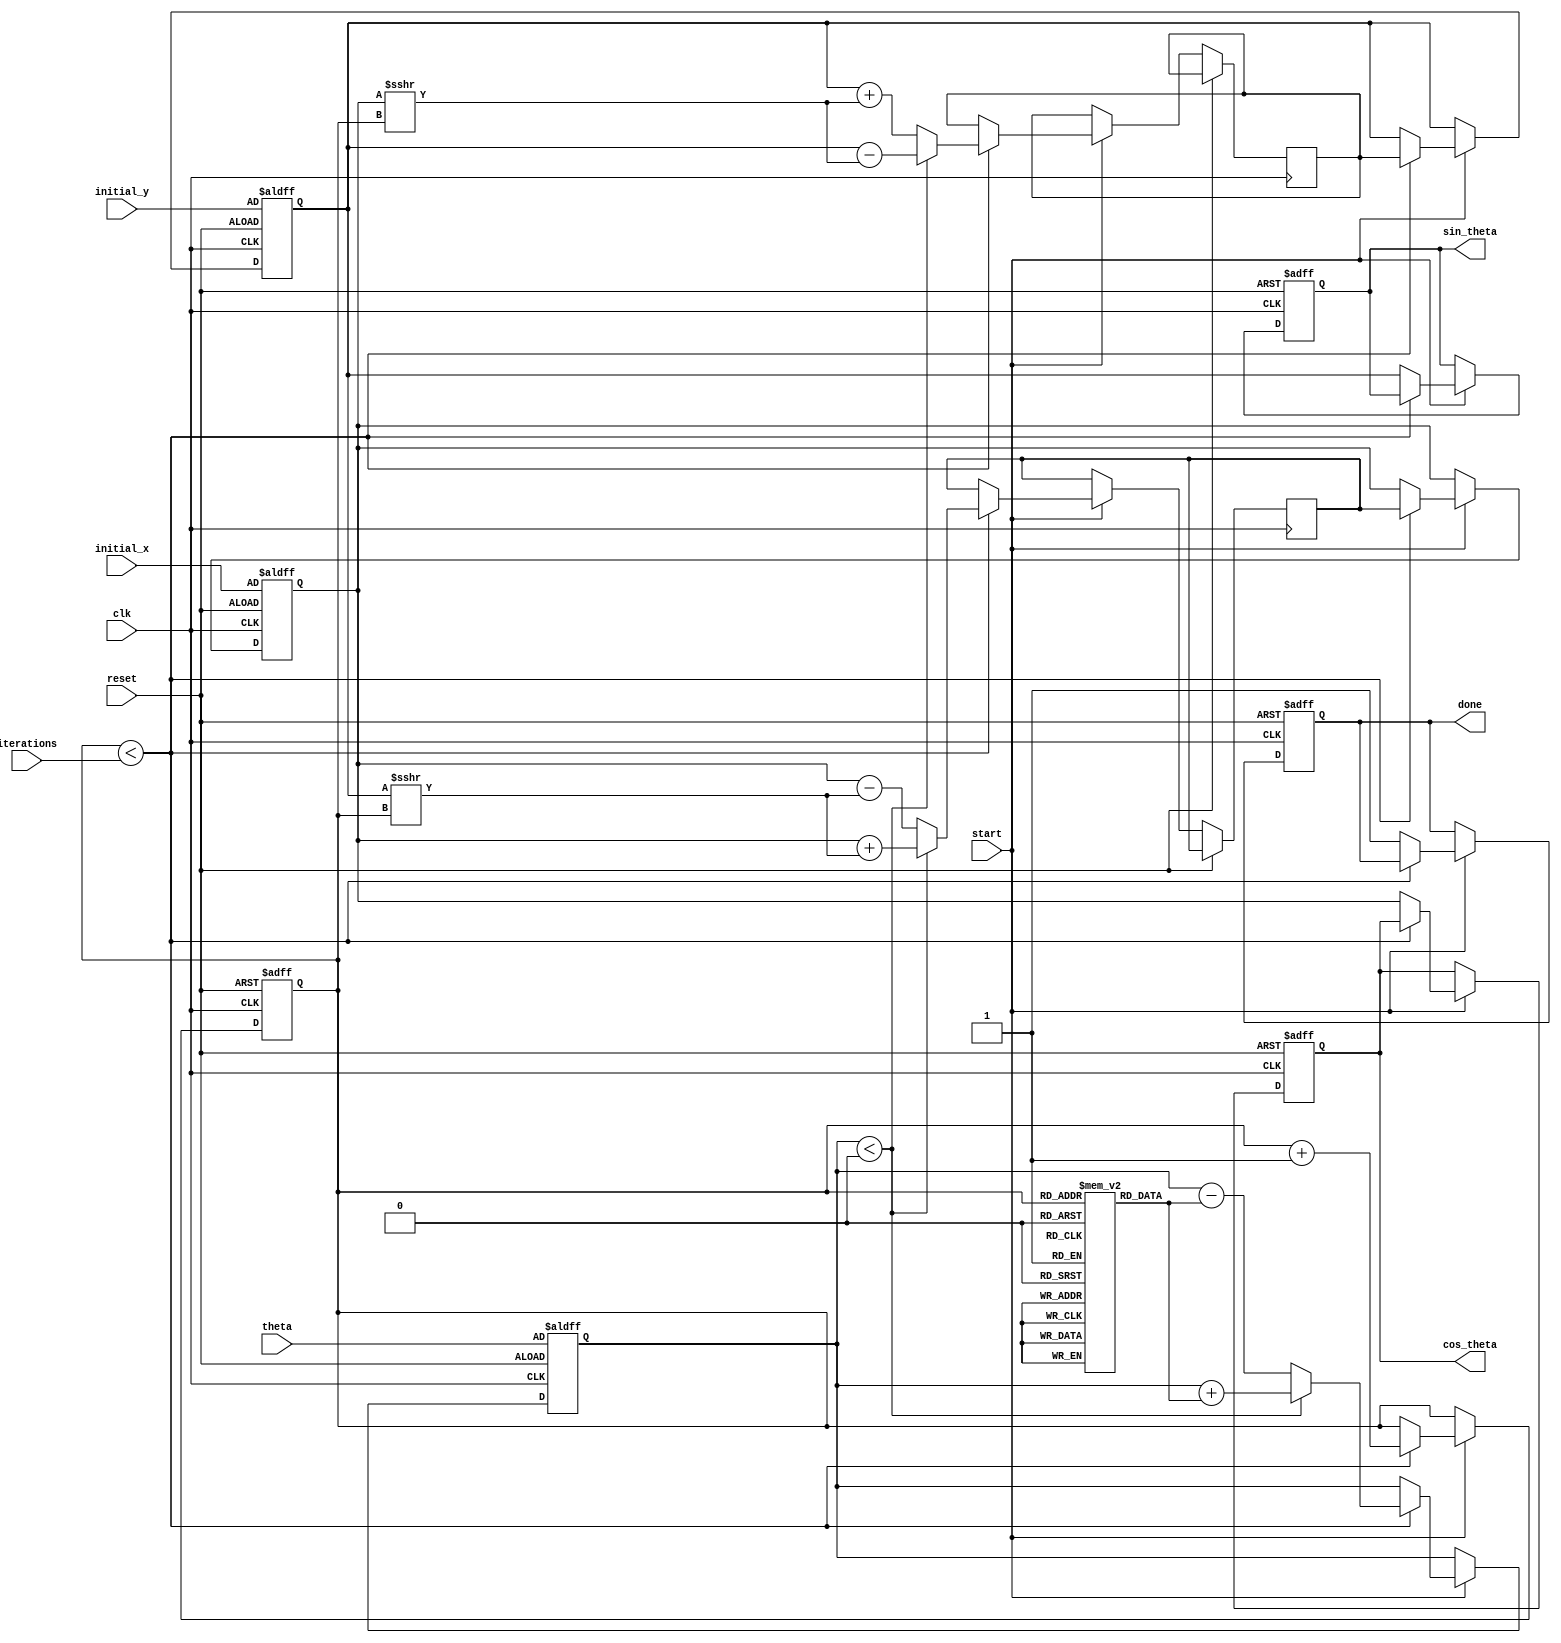
module cordic(
    input wire clk,
    input wire reset,
    input wire start,
    input wire [31:0] theta,           // Input angle in radians (fixed-point)
    input wire [31:0] initial_x,       // Initial x-coordinate
    input wire [31:0] initial_y,       // Initial y-coordinate
    input wire [4:0] iterations,        // Number of iterations (maximum 32)
    output reg [31:0] cos_theta,       // Cosine output
    output reg [31:0] sin_theta,       // Sine output
    output reg done                     // Indicate computation completion
);
    
    reg [31:0] x, y, z;                 // Registers for x, y, and current angle z
    reg [4:0] current_iteration;        // Counter for iterations
    reg [31:0] atan_lut[0:31];          // Lookup table for arctangent values
    wire [31:0] x_new, y_new;           // New x and y values after iteration

    // Initialization of the lookup table for arctangent values
    initial begin
        // Precomputed atan(2^-i) values (fixed-point representation)
        atan_lut[0] = 32'h00000000;  // atan(1) in radians (approx 0)
        atan_lut[1] = 32'h3F800000;  // atan(0.5) (approx 0.463647)
        atan_lut[2] = 32'h3F19999A;  // atan(0.25) (approx 0.244978)
        atan_lut[3] = 32'h3E2AAAAB;  // atan(0.125) (approx 0.124388)
        // Add other values as needed to fill the LUT appropriately (for i = 4 to 31)
    end

    // Control Logic
    always @(posedge clk or posedge reset) begin
        if (reset) begin
            cos_theta <= 0;
            sin_theta <= 0;
            done <= 0;
            current_iteration <= 0;
            x <= initial_x;
            y <= initial_y;
            z <= theta;
        end else begin
            if (start) begin
                // Start CORDIC computation
                if (current_iteration < iterations) begin
                    // CORDIC iterative rotation
                    if (z < 0) begin
                        // Rotate clockwise (subtract angle)
                        x_new <= x + (y >>> current_iteration);
                        y_new <= y - (x >>> current_iteration);
                        z <= z + atan_lut[current_iteration];
                    end else begin
                        // Rotate counter-clockwise (add angle)
                        x_new <= x - (y >>> current_iteration);
                        y_new <= y + (x >>> current_iteration);
                        z <= z - atan_lut[current_iteration];
                    end
                    
                    // Update values for the next iteration
                    x <= x_new;
                    y <= y_new;
                    current_iteration <= current_iteration + 1;
                end else begin
                    // Set outputs and indicate done
                    cos_theta <= x;  // Final x is cosine
                    sin_theta <= y;  // Final y is sine
                    done <= 1;       // CORDIC computation is done
                end
            end
        end
    end

endmodule